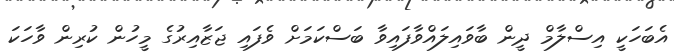
އެބަހަކީ އިސްލާމް ދީން ބާވައިލައްވާފައިވާ ބަސްކަމަށް ވެފައި ޖަޒާއިރުގެ މީހުން ކުރިން ވާހަކަ